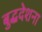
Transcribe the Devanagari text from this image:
बुद्धदेशना